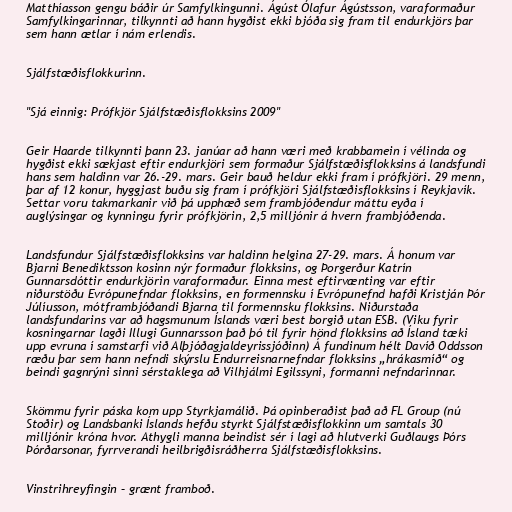
Matthíasson gengu báðir úr Samfylkingunni. Ágúst Ólafur Ágústsson, varaformaður
Samfylkingarinnar, tilkynnti að hann hygðist ekki bjóða sig fram til endurkjörs þar
sem hann ætlar í nám erlendis.

Sjálfstæðisflokkurinn.

"Sjá einnig: Prófkjör Sjálfstæðisflokksins 2009"

Geir Haarde tilkynnti þann 23. janúar að hann væri með krabbamein í vélinda og
hygðist ekki sækjast eftir endurkjöri sem formaður Sjálfstæðisflokksins á landsfundi
hans sem haldinn var 26.-29. mars. Geir bauð heldur ekki fram í prófkjöri. 29 menn,
þar af 12 konur, hyggjast buðu sig fram í prófkjöri Sjálfstæðisflokksins í Reykjavík.
Settar voru takmarkanir við þá upphæð sem frambjóðendur máttu eyða í
auglýsingar og kynningu fyrir prófkjörin, 2,5 milljónir á hvern frambjóðenda.

Landsfundur Sjálfstæðisflokksins var haldinn helgina 27-29. mars. Á honum var
Bjarni Benediktsson kosinn nýr formaður flokksins, og Þorgerður Katrín
Gunnarsdóttir endurkjörin varaformaður. Einna mest eftirvænting var eftir
niðurstöðu Evrópunefndar flokksins, en formennsku í Evrópunefnd hafði Kristján Þór
Júlíusson, mótframbjóðandi Bjarna til formennsku flokksins. Niðurstaða
landsfundarins var að hagsmunum Íslands væri best borgið utan ESB. (Viku fyrir
kosningarnar lagði Illugi Gunnarsson það þó til fyrir hönd flokksins að Ísland tæki
upp evruna í samstarfi við Alþjóðagjaldeyrissjóðinn) Á fundinum hélt Davíð Oddsson
ræðu þar sem hann nefndi skýrslu Endurreisnarnefndar flokksins „hrákasmíð“ og
beindi gagnrýni sinni sérstaklega að Vilhjálmi Egilssyni, formanni nefndarinnar.

Skömmu fyrir páska kom upp Styrkjamálið. Þá opinberaðist það að FL Group (nú
Stoðir) og Landsbanki Íslands hefðu styrkt Sjálfstæðisflokkinn um samtals 30
milljónir króna hvor. Athygli manna beindist sér í lagi að hlutverki Guðlaugs Þórs
Þórðarsonar, fyrrverandi heilbrigðisráðherra Sjálfstæðisflokksins.

Vinstrihreyfingin – grænt framboð.